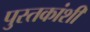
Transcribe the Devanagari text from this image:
पुस्तकांशी